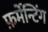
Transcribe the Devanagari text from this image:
फ़र्मेन्टिंग